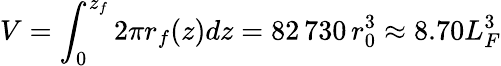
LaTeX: V=\int_{0}^{z_{f}}2\pi r_{f}(z)dz=82\, 730\, r_{0}^{3}\approx 8.70L_{F}^{3}